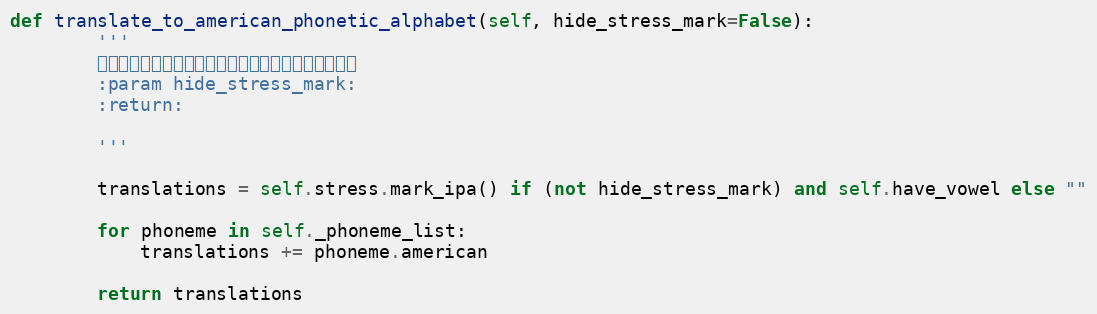
Language: Python
def translate_to_american_phonetic_alphabet(self, hide_stress_mark=False):
        '''
        转换成美音音。只要一个元音的时候需要隐藏重音标识
        :param hide_stress_mark:
        :return:

        '''

        translations = self.stress.mark_ipa() if (not hide_stress_mark) and self.have_vowel else ""

        for phoneme in self._phoneme_list:
            translations += phoneme.american

        return translations